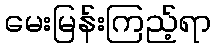
မေးမြန်းကြည့်ရာ